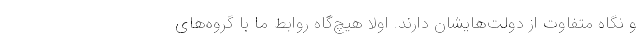
و نگاه متفاوت از دولت‌هایشان دارند. اولا هیچ‌گاه روابط ما با گروه‌های